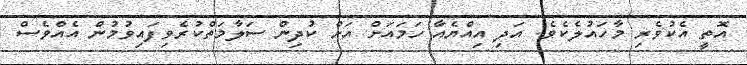
އޮތީ އެކުވެރި މާހައުލެކެވެ. އަދި އިއްޔެއާ ހަމައަށް އަށް ކުދިން ސަލާމަތްކުރެވިފައިވުމުން އެއްވެސް